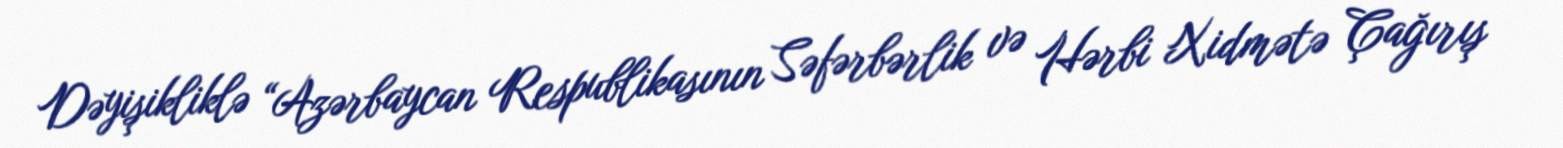
Dəyişikliklə “Azərbaycan Respublikasının Səfərbərlik və Hərbi Xidmətə Çağırış